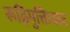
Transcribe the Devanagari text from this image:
रूढ़िमुक्तिवाद